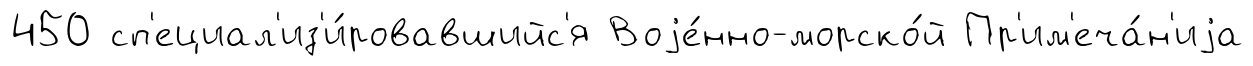
450 сп'ециал'из'и́ровавшийс'я Воjе́нно-морско́й Пр'им'еча́н'иjа